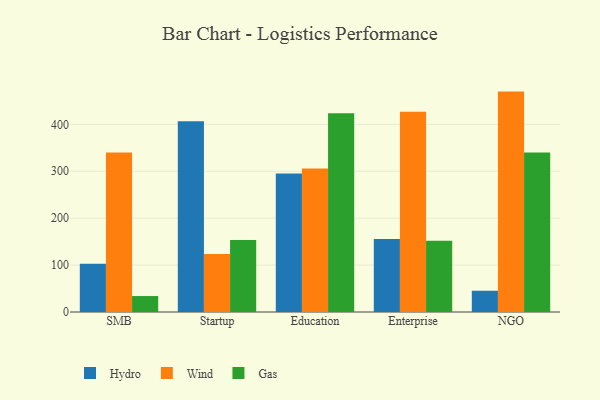
{"axis": {"x": "Segment", "y": "Bounce Rate (%)"}, "legend": ["Gas", "Hydro", "Wind"], "data": [{"x": "SMB", "y": 102.8, "type": "Hydro"}, {"x": "SMB", "y": 340.1, "type": "Wind"}, {"x": "SMB", "y": 34.0, "type": "Gas"}, {"x": "Startup", "y": 406.6, "type": "Hydro"}, {"x": "Startup", "y": 123.7, "type": "Wind"}, {"x": "Startup", "y": 153.3, "type": "Gas"}, {"x": "Education", "y": 295.4, "type": "Hydro"}, {"x": "Education", "y": 305.8, "type": "Wind"}, {"x": "Education", "y": 424.0, "type": "Gas"}, {"x": "Enterprise", "y": 155.4, "type": "Hydro"}, {"x": "Enterprise", "y": 426.7, "type": "Wind"}, {"x": "Enterprise", "y": 151.8, "type": "Gas"}, {"x": "NGO", "y": 45.3, "type": "Hydro"}, {"x": "NGO", "y": 469.9, "type": "Wind"}, {"x": "NGO", "y": 339.8, "type": "Gas"}]}